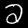
Digit: 2